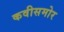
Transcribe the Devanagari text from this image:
कवीसमोर